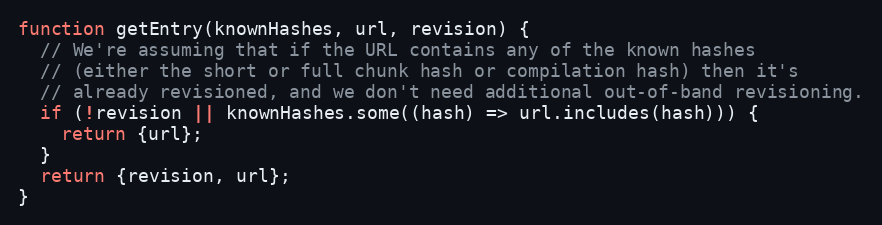
Language: JavaScript
function getEntry(knownHashes, url, revision) {
  // We're assuming that if the URL contains any of the known hashes
  // (either the short or full chunk hash or compilation hash) then it's
  // already revisioned, and we don't need additional out-of-band revisioning.
  if (!revision || knownHashes.some((hash) => url.includes(hash))) {
    return {url};
  }
  return {revision, url};
}